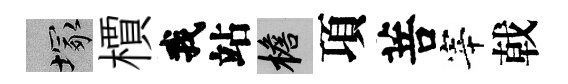
塚檟我站檐項菩宰戟